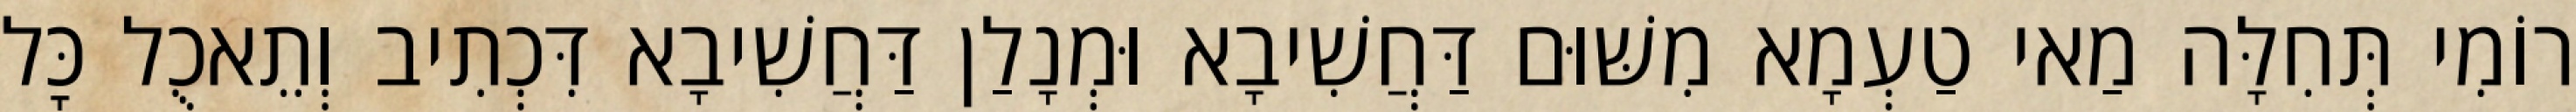
רוֹמִי תְּחִלָּה מַאי טַעְמָא מִשּׁוּם דַּחֲשִׁיבָא וּמְנָלַן דַּחֲשִׁיבָא דִּכְתִיב וְתֵאכֻל כׇּל